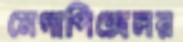
মেগাপিক্সেলর